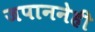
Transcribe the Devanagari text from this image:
जपाननेही